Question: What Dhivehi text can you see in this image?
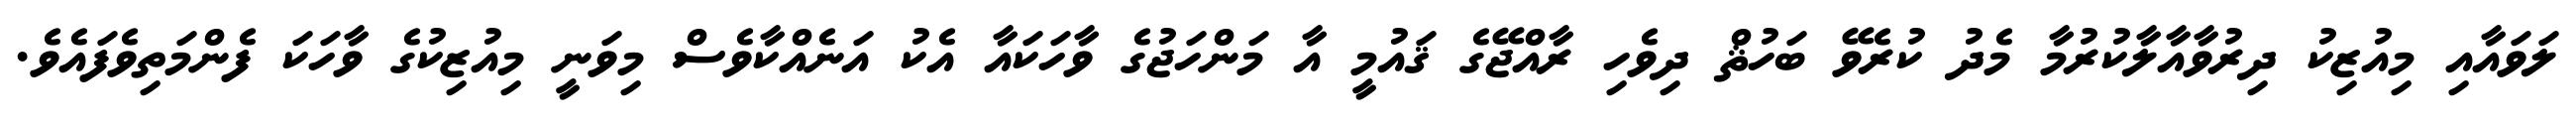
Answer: ލަވައާއި މިއުޒިކު ދިރުވާއާލާކުރުމާ މެދު ކުރެވޭ ބަހުޘް ދިވެހި ރާއްޖޭގެ ޤައުމީ އާ މަންހަޖުގެ ވާހަކައާ އެކު އަނެއްކާވެސް މިވަނީ މިއުޒިކުގެ ވާހަކަ ފެންމަތިވެފައެވެ.